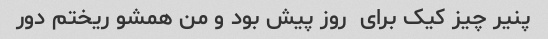
پنیر چیز کیک برای  روز پیش بود و من همشو ریختم دور